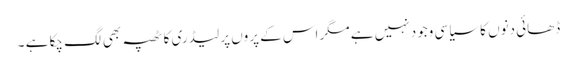
ڈھائی دنوں کا سیاسی وجود نہیں ہے مگر اس کے پروں پر لیڈری کا ٹھپہ بھی لگ چکا ہے ۔